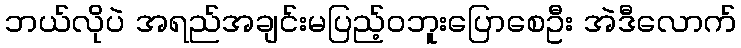
ဘယ်လိုပဲ အရည်အချင်းမပြည့်ဝဘူးပြောစေဦး အဲဒီလောက်